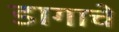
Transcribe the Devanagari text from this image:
डागाचे